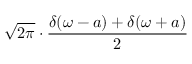
{ \sqrt { 2 \pi } } \cdot { \frac { \delta ( \omega - a ) + \delta ( \omega + a ) } { 2 } }